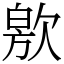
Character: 㰾